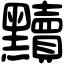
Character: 黷